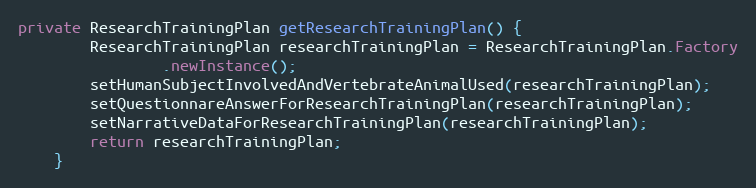
Language: Java
private ResearchTrainingPlan getResearchTrainingPlan() {
		ResearchTrainingPlan researchTrainingPlan = ResearchTrainingPlan.Factory
				.newInstance();
		setHumanSubjectInvolvedAndVertebrateAnimalUsed(researchTrainingPlan);
		setQuestionnareAnswerForResearchTrainingPlan(researchTrainingPlan);
		setNarrativeDataForResearchTrainingPlan(researchTrainingPlan);
		return researchTrainingPlan;
	}